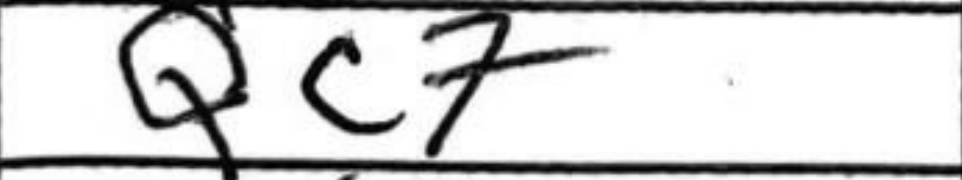
Transcription: Qc7